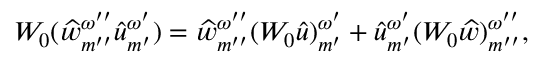
W _ { 0 } ( \widehat { w } _ { { m ^ { \prime \prime } } } ^ { \omega ^ { \prime \prime } } { \widehat { u } } _ { m ^ { \prime } } ^ { \omega ^ { \prime } } ) = \widehat { w } _ { { m ^ { \prime \prime } } } ^ { \omega ^ { \prime \prime } } ( W _ { 0 } { \widehat { u } } ) _ { m ^ { \prime } } ^ { \omega ^ { \prime } } + { \widehat { u } } _ { m ^ { \prime } } ^ { \omega ^ { \prime } } ( W _ { 0 } \widehat { w } ) _ { { m ^ { \prime \prime } } } ^ { \omega ^ { \prime \prime } } ,